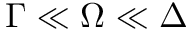
\Gamma \ll \Omega \ll \Delta